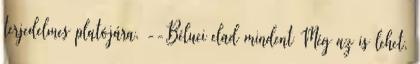
terjedelmes platójára. --Béluci elad mindent Még az is lehet,